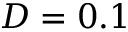
D = 0 . 1